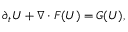
\partial _ { t } U + \nabla \cdot F ( U ) = G ( U ) ,